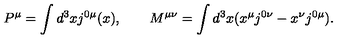
P ^ { \mu } = \int d ^ { 3 } x j ^ { 0 \mu } ( x ) , \quad \quad M ^ { \mu \nu } = \int d ^ { 3 } x ( x ^ { \mu } j ^ { 0 \nu } - x ^ { \nu } j ^ { 0 \mu } ) .